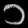
Digit: ၁